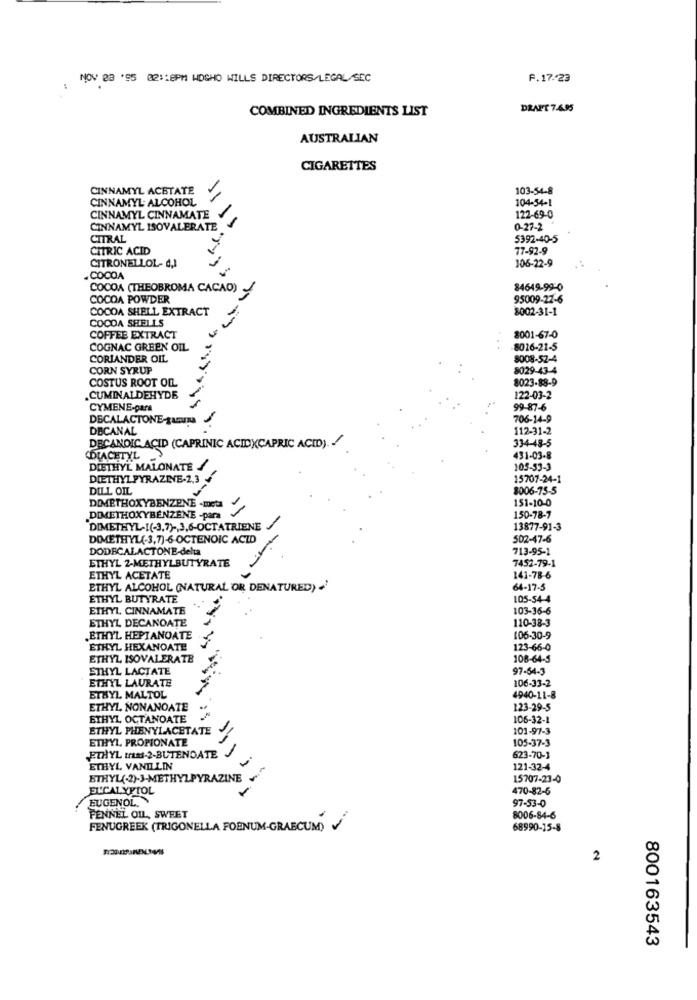
NOV 28 '95 02 :: 8PM MDGHO WILLS DIRECTORS/LEGAL/SEC
F.17.23
COMBINED INGREDIENTS LIST
DRAFT 7.695
AUSTRALIAN
CIGARETTES
CINNAMYL ACETATE
103-54-8
CINNAMYL ALCOHOL
104-54-1
CINNAMYL CINNAMATE
122-69-0
CINNAMYL ISOVALERATE
0-27-2
CITRAL
5392-40-5
CITRIC ACID
77-92-9
CITRONELLOL- d,1
106-22-9
.COCOA
COCOA (THEOBROMA CACAO)
84649.99-0
COCOA POWDER
95009-22-6
COCOA SHELL EXTRACT
8002-31-1
COCOA SHELLS
COFFEE EXTRACT
8001-67-0
COGNAC GREEN OIL
-8016-21-5
CORIANDER OIL
8008-52-4
CORN SYRUP
8029-43-4
COSTUS ROOT OIL
8023-88-9
.CUMINALDEHYDE
122-03-2
CYMENE-para
99-87-6
DECALACTONE-Lumma
706-14-9
DECANAL
112-31-2
334-48-5
DECANOIC ACID (CAPRINIC ACIDXCAPRIC ACID). /
CDIACETYL
431-03-8
DIETHYL MALONATE
105-53-3
DIETHYL PYRAZINE-2,3
15707-24-1
DILL OIL
8006-75-5
DIMETHOXYBENZENE .meta
151-10-0
150-78-7
DIMETHOXYBENZENE -para
DIMETHYL-1(-3,7) -, 3,6-OCTATRIENE
13877-91-3
DIMETHYL(-3,7)-6-OCTENOIC ACID
502-47-6
DODECALACTONE-delta
713-95-1
ETHYL 2-METHYLBUTYRATE
7452-79-1
ETHYL ACETATE
141-78-6
ETHYL ALCOHOL (NATURAL OR DENATURED) .
64-17-5
ETHYL BUTYRATE
105-54-4
ETHYL, CINNAMATE
103-36-6
ETHYL DECANOATE
110-38-3
ETHYL HEPTANOATE
106-30-9
ETHYL HEXANOATE
123-66-0
ETHYL ISOVALERATE
108-64-5
ETHYL LACTATE
97-64-3
ETHYL LAURATE
106-33-2
ETBYL MALTOL
4940-11-8
ETHYL, NONANOATE
123-29-5
ETHYL OCTANOATE
106-32-1
ETHYL PHENYLACETATE
101-97-3
ETHYL, PROPIONATE
-
105-37-3
ETHYL trans-2-BUTENDATE
623-70-3
ETHYL VANILLIN
121-32-4
ETHYL(-2)-3-METHYLPYRAZINE
15707-23-0
EUCALYFIOL
-
470-82-6
EUGENOL.
97-53-0
PENNEL OIL, SWEET
8006-84-6
FENUGREEK (TRIGONELLA FOENUM-GRAECUM) V
68990-15-8
2
800163543